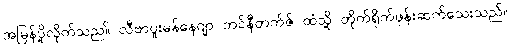
အမြန်ပို့လိုက်သည။် လီဗာပူးမန်နေဂျာ ဘင်နီတက်ဇ် ထံသို့ တိုက်ရိုက်ဖုန်းဆက်သေးသည်။